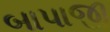
બાપાજી